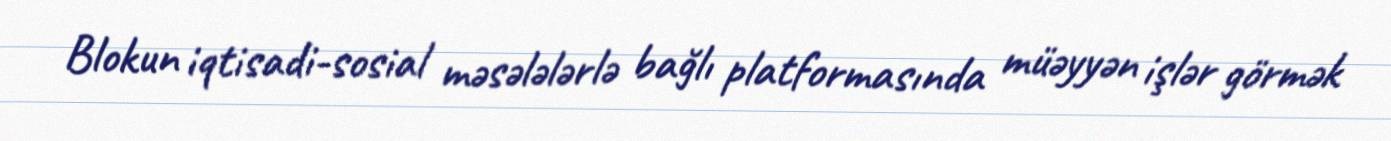
Blokun iqtisadi-sosial məsələlərlə bağlı platformasında müəyyən işlər görmək